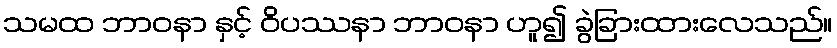
သမထ ဘာဝနာ နှင့် ဝိပဿနာ ဘာဝနာ ဟူ၍ ခွဲခြားထားလေသည်။